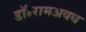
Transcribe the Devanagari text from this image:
डॉ॰रामअवध